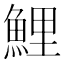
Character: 鯉